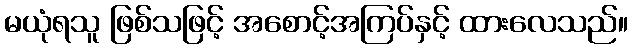
မယုံရသူ ဖြစ်သဖြင့် အစောင့်အကြပ်နှင့် ထားလေသည်။